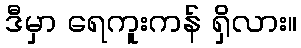
ဒီမှာ ရေကူးကန် ရှိလား။